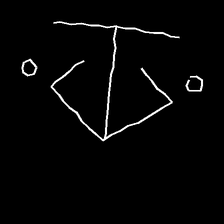
Glyph: earth